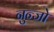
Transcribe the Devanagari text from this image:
नुन्जो